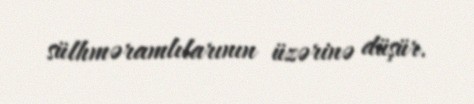
sülhməramlılarının üzərinə düşür.